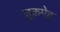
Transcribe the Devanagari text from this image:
शुक्रमेह